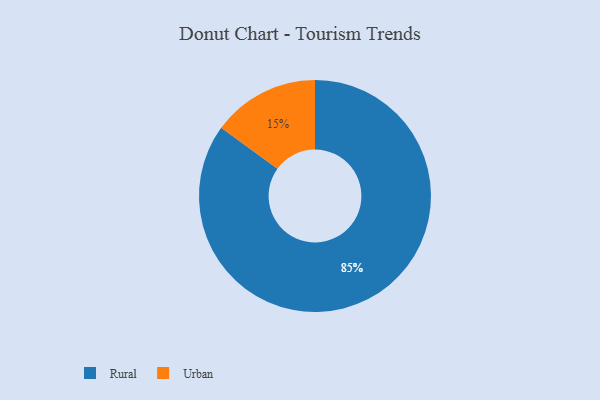
{"axis": {"x": "Category", "y": "Percentage"}, "legend": ["Rural", "Urban"], "data": [{"x": "Rural", "y": 85, "type": "Rural"}, {"x": "Urban", "y": 15, "type": "Urban"}]}